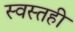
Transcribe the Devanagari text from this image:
स्वस्तही